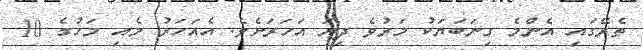
ތެރޭގައި އެންމެ ގިނަބަޔަކު މަރުވެ ދިޔަ އަހަރަށެވެ. އެއަހަރު މެއި މަހުގެ 10